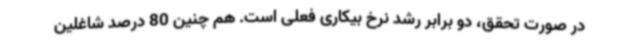
در صورت تحقق، دو برابر رشد نرخ بیکاری فعلی است. هم چنین 80 درصد شاغلین